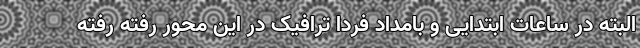
البته در ساعات ابتدایی و بامداد فردا ترافیک در این محور رفته رفته